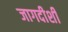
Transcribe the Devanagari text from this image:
जागदीशी